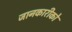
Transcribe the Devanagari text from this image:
जानकारीको